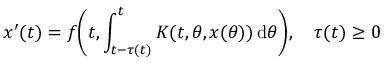
x ^ { \prime } ( t ) = f { \Biggl ( } t , \int _ { t - \tau ( t ) } ^ { t } K ( t , \theta , x ( \theta ) ) \, \mathrm { d } \theta { \Biggr ) } , \quad \tau ( t ) \geq 0